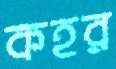
কহর